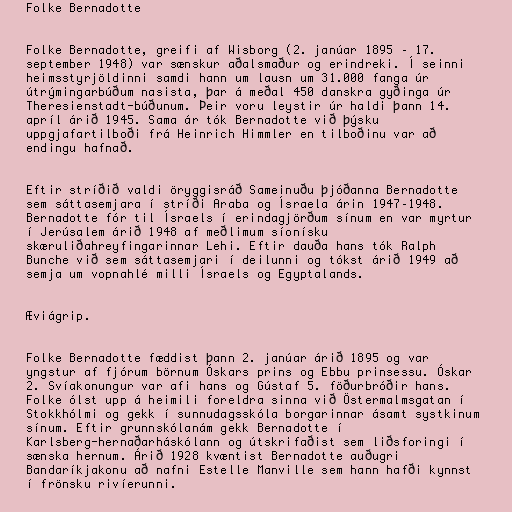
Folke Bernadotte

Folke Bernadotte, greifi af Wisborg (2. janúar 1895 – 17.
september 1948) var sænskur aðalsmaður og erindreki. Í seinni
heimsstyrjöldinni samdi hann um lausn um 31.000 fanga úr
útrýmingarbúðum nasista, þar á meðal 450 danskra gyðinga úr
Theresienstadt-búðunum. Þeir voru leystir úr haldi þann 14.
apríl árið 1945. Sama ár tók Bernadotte við þýsku
uppgjafartilboði frá Heinrich Himmler en tilboðinu var að
endingu hafnað.

Eftir stríðið valdi öryggisráð Sameinuðu þjóðanna Bernadotte
sem sáttasemjara í stríði Araba og Ísraela árin 1947–1948.
Bernadotte fór til Ísraels í erindagjörðum sínum en var myrtur
í Jerúsalem árið 1948 af meðlimum síonísku
skæruliðahreyfingarinnar Lehi. Eftir dauða hans tók Ralph
Bunche við sem sáttasemjari í deilunni og tókst árið 1949 að
semja um vopnahlé milli Ísraels og Egyptalands.

Æviágrip.

Folke Bernadotte fæddist þann 2. janúar árið 1895 og var
yngstur af fjórum börnum Óskars prins og Ebbu prinsessu. Óskar
2. Svíakonungur var afi hans og Gústaf 5. föðurbróðir hans.
Folke ólst upp á heimili foreldra sinna við Östermalmsgatan í
Stokkhólmi og gekk í sunnudagsskóla borgarinnar ásamt systkinum
sínum. Eftir grunnskólanám gekk Bernadotte í
Karlsberg-hernaðarháskólann og útskrifaðist sem liðsforingi í
sænska hernum. Árið 1928 kvæntist Bernadotte auðugri
Bandaríkjakonu að nafni Estelle Manville sem hann hafði kynnst
í frönsku rivíerunni.